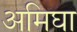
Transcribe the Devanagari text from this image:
अमिघा